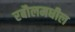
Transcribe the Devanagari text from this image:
रबौलमधील